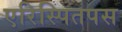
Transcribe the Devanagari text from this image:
एरिस्पितपस